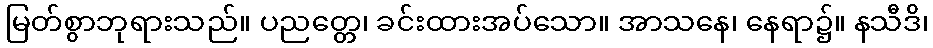
မြတ်စွာဘုရားသည်။ ပညတ္တေ၊ ခင်းထားအပ်သော။ အာသနေ၊ နေရာ၌။ နသီဒိ၊